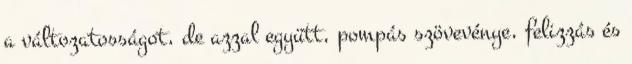
a változatosságot, de azzal együtt, pompás szövevénye, felizzás és